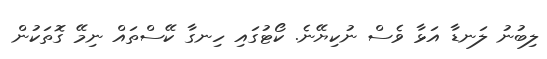
ލިބުނު ލަނޑާ އަޅާ ވެސް ނުކިޔޭނެ. ކޯޓުގައި ހިނގާ ކޭސްތައް ނިމޭ ގޮތަކުން